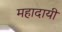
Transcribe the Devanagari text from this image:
महादायी